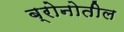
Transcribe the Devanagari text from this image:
ब्रोनोतील